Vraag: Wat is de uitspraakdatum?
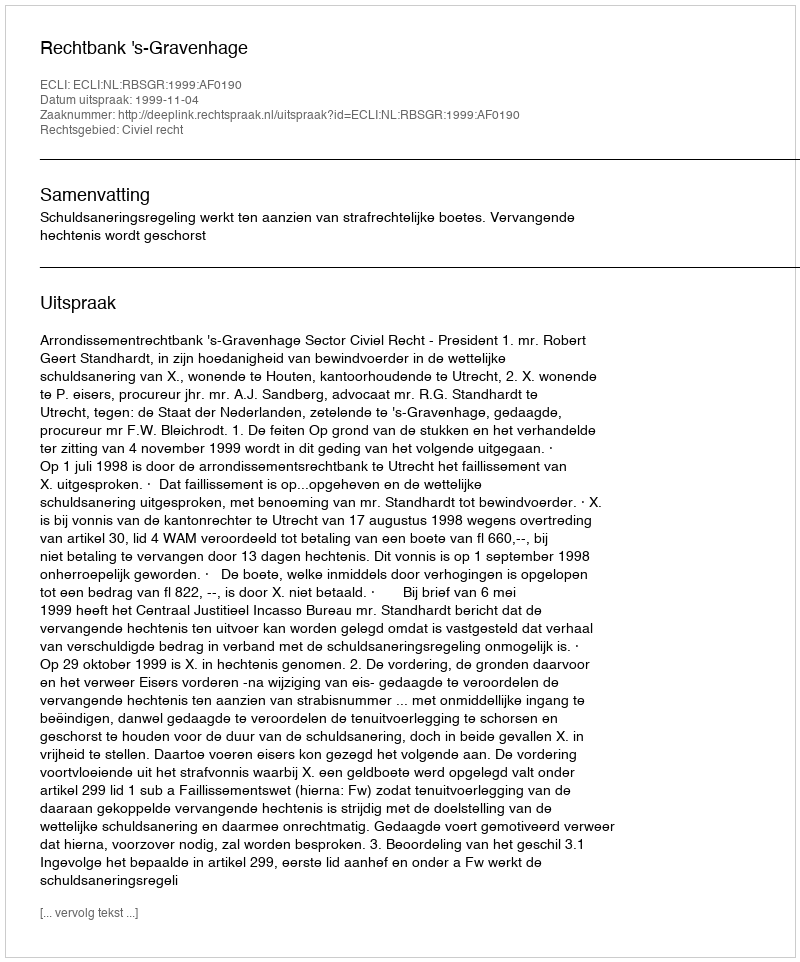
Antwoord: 1999-11-04